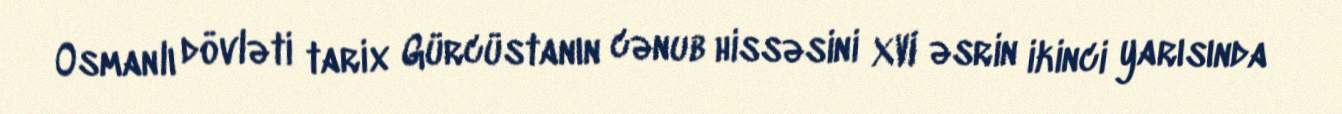
Osmanlı dövləti tarix Gürcüstanın cənub hissəsini XVI əsrin ikinci yarısında